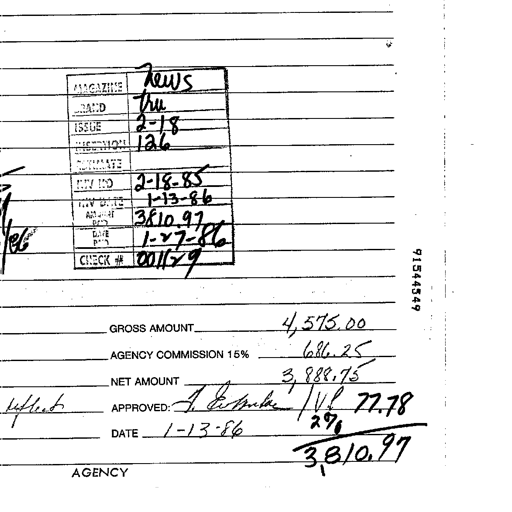
Transcript:
MAGAZINE News
BRAND tru
ISSUE 2-18
SECTION 126
POSITION
INV NO 2-18-85
INV DATE 1-13-86
AMOUNT PAID 3810.97
DATE PAID 1-27-86
CHECK # 001179
91544349
GROSS AMOUNT 4,575.00
AGENCY COMMISSION 15% 686.25
NET AMOUNT 3,888.75
APPROVED: J. Estrada / VP 77.78
DATE 1-13-86 2%
AGENCY 3,810.97